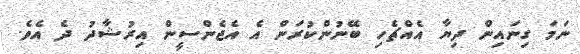
ނަމަ ގިނައިން ދިޔާ އެއްޗެހި ބޭނުންކުރަން އެ އެޖެންސީން އިރުޝާދު ދެ އެވެ.